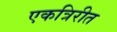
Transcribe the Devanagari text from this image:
एकत्रिरीत